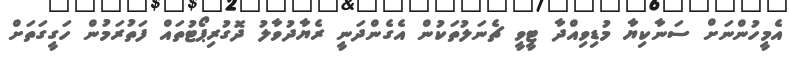
އެމީހުންނަށް ސަނާކިޔާ މުޑިވިއްދާ ޓީވީ ޗެނަލުތަކުން އެގެންދަނީ ރެޔާދުވާލު ދޮގުރިޕޯޓުތައް ފަތުރަމުން ހަގީގަތަށް